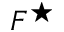
F ^ { \star }